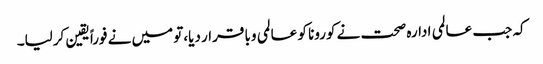
کہ جب عالمی ادارہ صحت نے کورونا کو عالمی وبا قرار دیا،تو میں نے فوراً یقین کرلیا۔